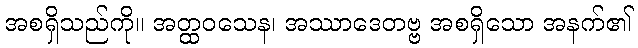
အစရှိသည်ကို။ အတ္ထဝသေန၊ အဿာဒေတဗ္ဗ အစရှိသော အနက်၏